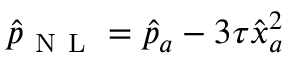
\hat { p } _ { \mathrm { ~ N ~ L ~ } } = \hat { p } _ { a } - 3 \tau \hat { x } _ { a } ^ { 2 }